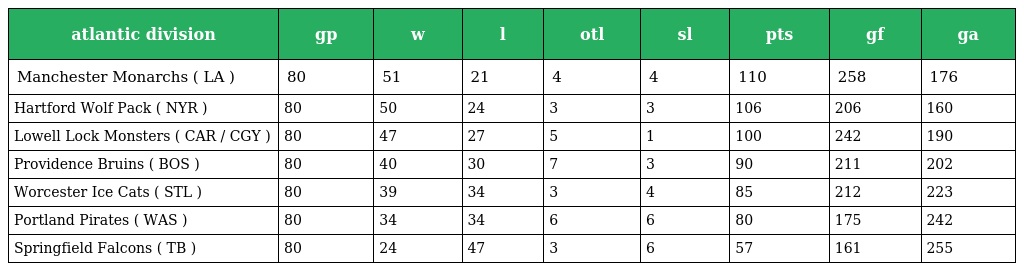
| atlantic division | gp | w | l | otl | sl | pts | gf | ga |
 | --- | --- | --- | --- | --- | --- | --- | --- | --- |
 | Manchester Monarchs ( LA ) | 80 | 51 | 21 | 4 | 4 | 110 | 258 | 176 |
 | Hartford Wolf Pack ( NYR ) | 80 | 50 | 24 | 3 | 3 | 106 | 206 | 160 |
 | Lowell Lock Monsters ( CAR / CGY ) | 80 | 47 | 27 | 5 | 1 | 100 | 242 | 190 |
 | Providence Bruins ( BOS ) | 80 | 40 | 30 | 7 | 3 | 90 | 211 | 202 |
 | Worcester Ice Cats ( STL ) | 80 | 39 | 34 | 3 | 4 | 85 | 212 | 223 |
 | Portland Pirates ( WAS ) | 80 | 34 | 34 | 6 | 6 | 80 | 175 | 242 |
 | Springfield Falcons ( TB ) | 80 | 24 | 47 | 3 | 6 | 57 | 161 | 255 |